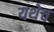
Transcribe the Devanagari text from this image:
यथेच